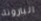
البارونة